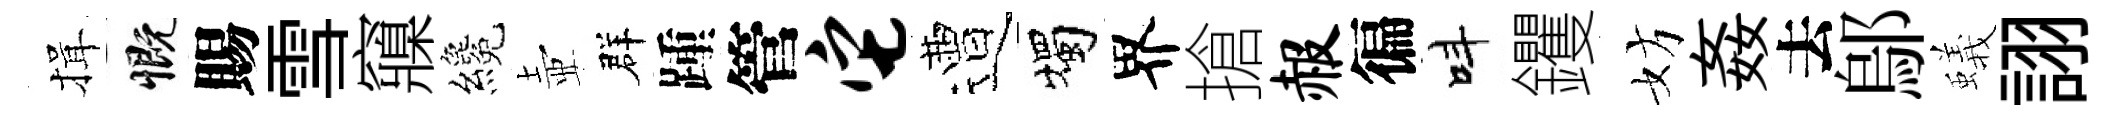
揖慨賜雪䆿纔壺群踵管它遭燭界搶赧徧呌钁妨姦去鄔蟻詡